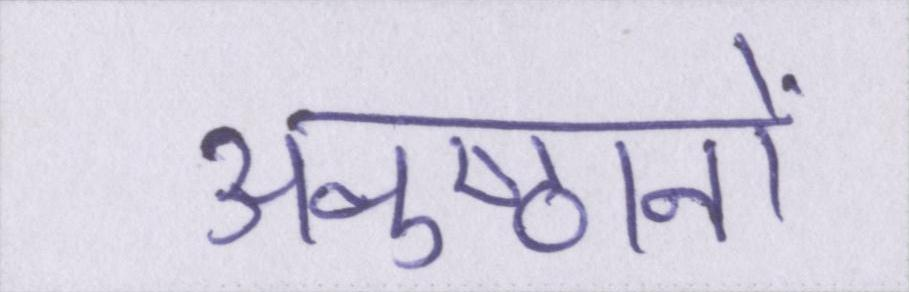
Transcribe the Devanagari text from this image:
अनुष्ठानों